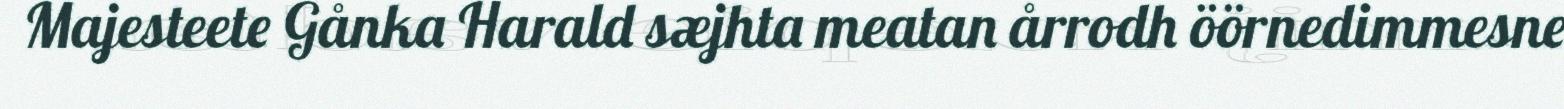
Majesteete Gånka Harald sæjhta meatan årrodh öörnedimmesne